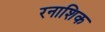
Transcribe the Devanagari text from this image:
रनाशिक